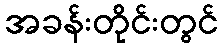
အခန်းတိုင်းတွင်